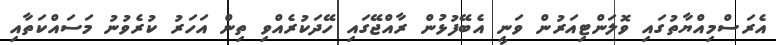
އެރަސްމިއްޔާތުގައި ވޮލަންޓިއަރުން ވަނީ އެބޭފުޅުން ރާއްޖޭގައި ހޭދަކުރެއްވި ތިން އަހަރު ކުރެވުނު މަސައްކަތާއި